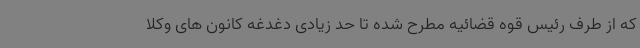
که از طرف رئیس قوه قضائیه مطرح شده تا حد زیادی دغدغه کانون های وکلا